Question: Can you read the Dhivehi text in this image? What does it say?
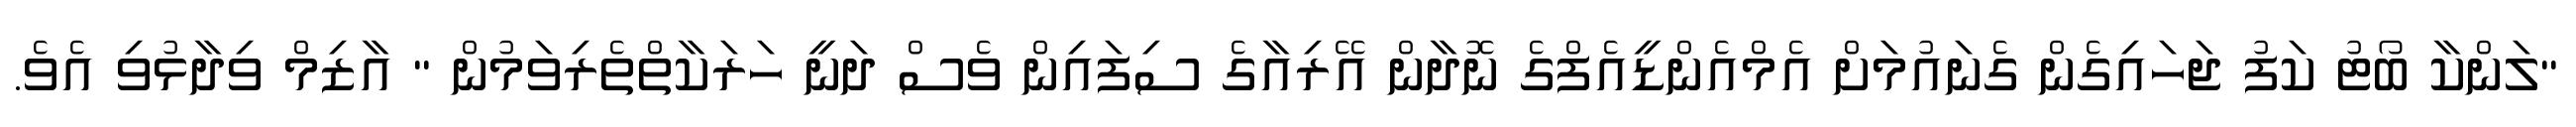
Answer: "ލަންކާ ބޯޓު ކަފު ޖަހައިގެން ގެނައުމަށް އެމްއެންޑީއެފްގެ ނޮދާން އޭރިއާގެ ސިފައިން ވެސް ދަނީ ހަރަކާތްތެރިވަމުން " އާޒިމް ވިދާޅުވި އެވެ.